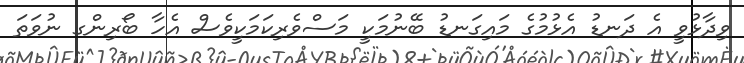
ވިދާޅުވީ އެ ދަނޑު އެޅުމުގެ މައިގަނޑު ބޭނުމަކީ މަސްވެރިކަމަކީވެސް އެހާ ބޯރިންގ ނުވަތަ